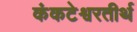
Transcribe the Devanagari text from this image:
कंकटेश्वरतीर्थ